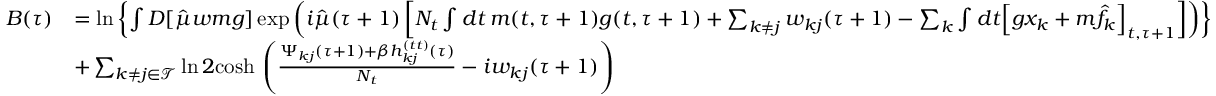
\begin{array} { r l } { B ( \tau ) } & { = \ln \left\{ \int D [ \hat { \mu } w m g ] \exp \left( i \hat { \mu } ( \tau + 1 ) \left[ N _ { t } \int d t \, m ( t , \tau + 1 ) g ( t , \tau + 1 ) + \sum _ { k \neq j } w _ { k j } ( \tau + 1 ) - \sum _ { k } \int d t \Big [ g x _ { k } + m \hat { f } _ { k } \Big ] _ { t , \tau + 1 } \right] \right) \right\} } \\ & { + \sum _ { k \neq j \in \mathcal { T } } \ln 2 \mathrm { c o s h } \, \left( \frac { \Psi _ { k j } ( \tau + 1 ) + \beta h _ { k j } ^ { ( t t ) } ( \tau ) } { N _ { t } } - i w _ { k j } ( \tau + 1 ) \right) } \end{array}